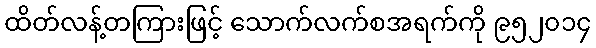
ထိတ်လန့်တကြားဖြင့် သောက်လက်စအရက်ကို ၉၅၂၀၁၄